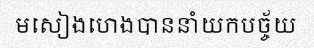
មសៀងហេងបាននាំយកបច្ច័យ